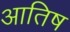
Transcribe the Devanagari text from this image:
आतिष